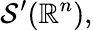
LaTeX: {\mathcal{S}}^{\prime}(\mathbb{R}^{n}),